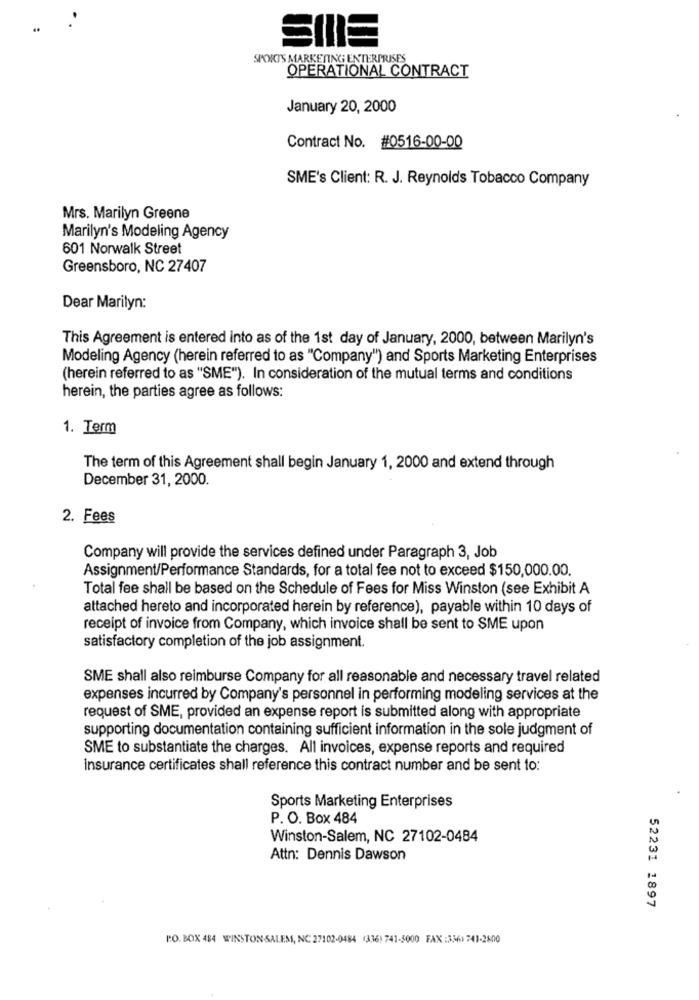
SIIIE
SPORTS MARKETING ENTERPRISES
OPERATIONAL CONTRACT
January 20, 2000
Contract No. #0516-00-00
SME's Client: R. J. Reynolds Tobacco Company
Mrs. Marilyn Greene
Marilyn's Modeling Agency
601 Norwalk Street
Greensboro, NC 27407
Dear Marilyn:
This Agreement is entered into as of the 1st day of January, 2000, between Marilyn's
Modeling Agency (herein referred to as "Company") and Sports Marketing Enterprises
(herein referred to as "SME"). In consideration of the mutual terms and conditions
herein, the parties agree as follows:
1. Term
The term of this Agreement shall begin January 1, 2000 and extend through
December 31, 2000.
2. Fees
Company will provide the services defined under Paragraph 3, Job
Assignment/Performance Standards, for a total fee not to exceed $150,000.00.
Total fee shall be based on the Schedule of Fees for Miss Winston (see Exhibit A
attached hereto and incorporated herein by reference), payable within 10 days of
receipt of invoice from Company, which invoice shall be sent to SME upon
satisfactory completion of the job assignment.
SME shall also reimburse Company for all reasonable and necessary travel related
expenses incurred by Company's personnel in performing modeling services at the
request of SME, provided an expense report is submitted along with appropriate
supporting documentation containing sufficient information in the sole judgment of
SME to substantiate the charges. All invoices, expense reports and required
insurance certificates shall reference this contract number and be sent to:
Sports Marketing Enterprises
P. O. Box 484
Winston-Salem, NC 27102-0484
Attn: Dennis Dawson
52231 1897
P.O. BOX 484 WINSTON-SALEM, NC 27102-0484 (336) 741-5000 FAX :3361 741-2600